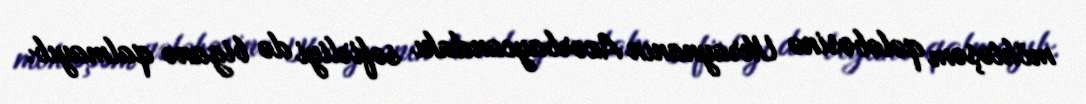
möhtəşəm qələbəsinə Ukraynanın Azərbaycandakı səfirliyi də biganə qalmayıb.